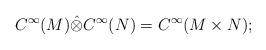
LaTeX: \begin{align*}C^\infty (M) \hat\otimes C^\infty (N) = C^\infty (M \times N);\end{align*}